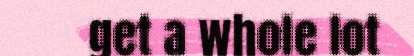
get a whole lot